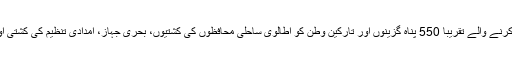
جمعہ کو بھی بحیرہ روم میں ہی مختلف چھوٹی کشتیوں پر سفر کرنے والے تقریباً 550 پناہ گزینوں اور تارکین وطن کو اطالوی ساحلی محافظوں کی کشتیوں، بحری جہاز، امدادی تنظیم کی کشتی اور ایک تجارتی بحری جہاز کی مدد سے یہاں سے نکالا گیا تھا۔